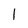
Character: 1